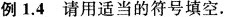
例1.4请用适当的符号填空.